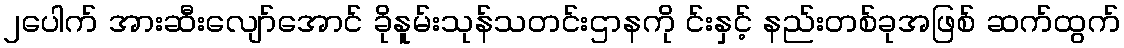
၂ပေါက် အားဆီးလျော်အောင် ခိုနူမ်းသုန်သတင်းဌာနကို င်းနှင့် နည်းတစ်ခုအဖြစ် ဆက်ထွက်